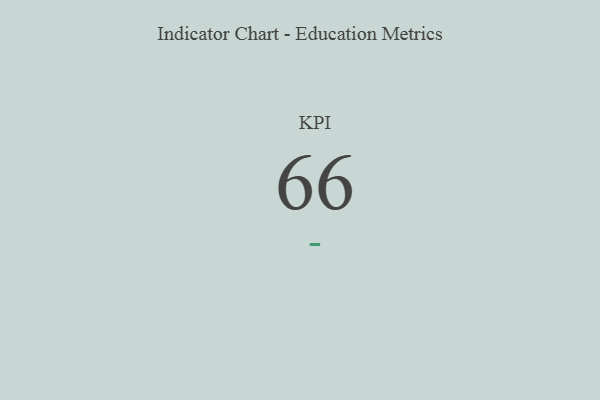
{"axis": {"x": "KPI", "y": "Value"}, "legend": [""], "data": [{"x": "KPI", "y": 66, "type": ""}]}